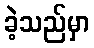
ခဲ့သည်မှာ